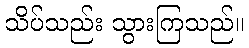
သိပ်သည်း သွားကြသည်။